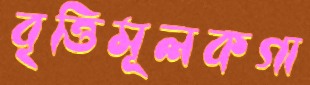
বৃত্তিমূলকগা